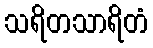
သရိတသာရိတံ